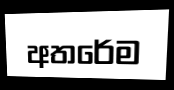
අතරේම